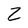
Character: Z